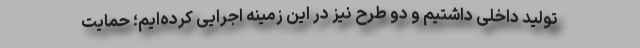
تولید داخلی داشتیم و دو طرح نیز در این زمینه اجرایی کرده‌ایم؛ حمایت